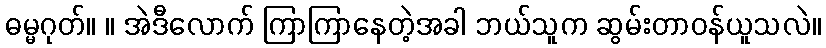
ဓမ္မဂုတ်။ ။ အဲဒီလောက် ကြာကြာနေတဲ့အခါ ဘယ်သူက ဆွမ်းတာဝန်ယူသလဲ။